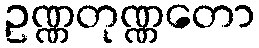
ဥဏ္ဏတုဏ္ဏတော